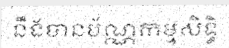
នឹងបានប័ណ្ណកម្មសិទ្ធិ